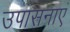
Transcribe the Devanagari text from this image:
उपासनाएं